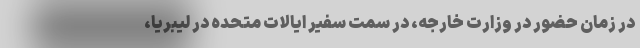
در زمان حضور در وزارت خارجه،‌ در سمت سفیر ایالات متحده در لیبریا،